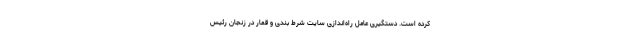
کرده است. دستگیری عامل راه‌اندازی سایت شرط بندی و قمار در زنجان رئیس